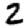
Digit: 2